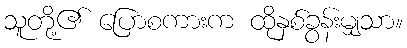
သူတို့၏ ပြောစကားက ထိုနှစ်ခွန်းမျှသာ။